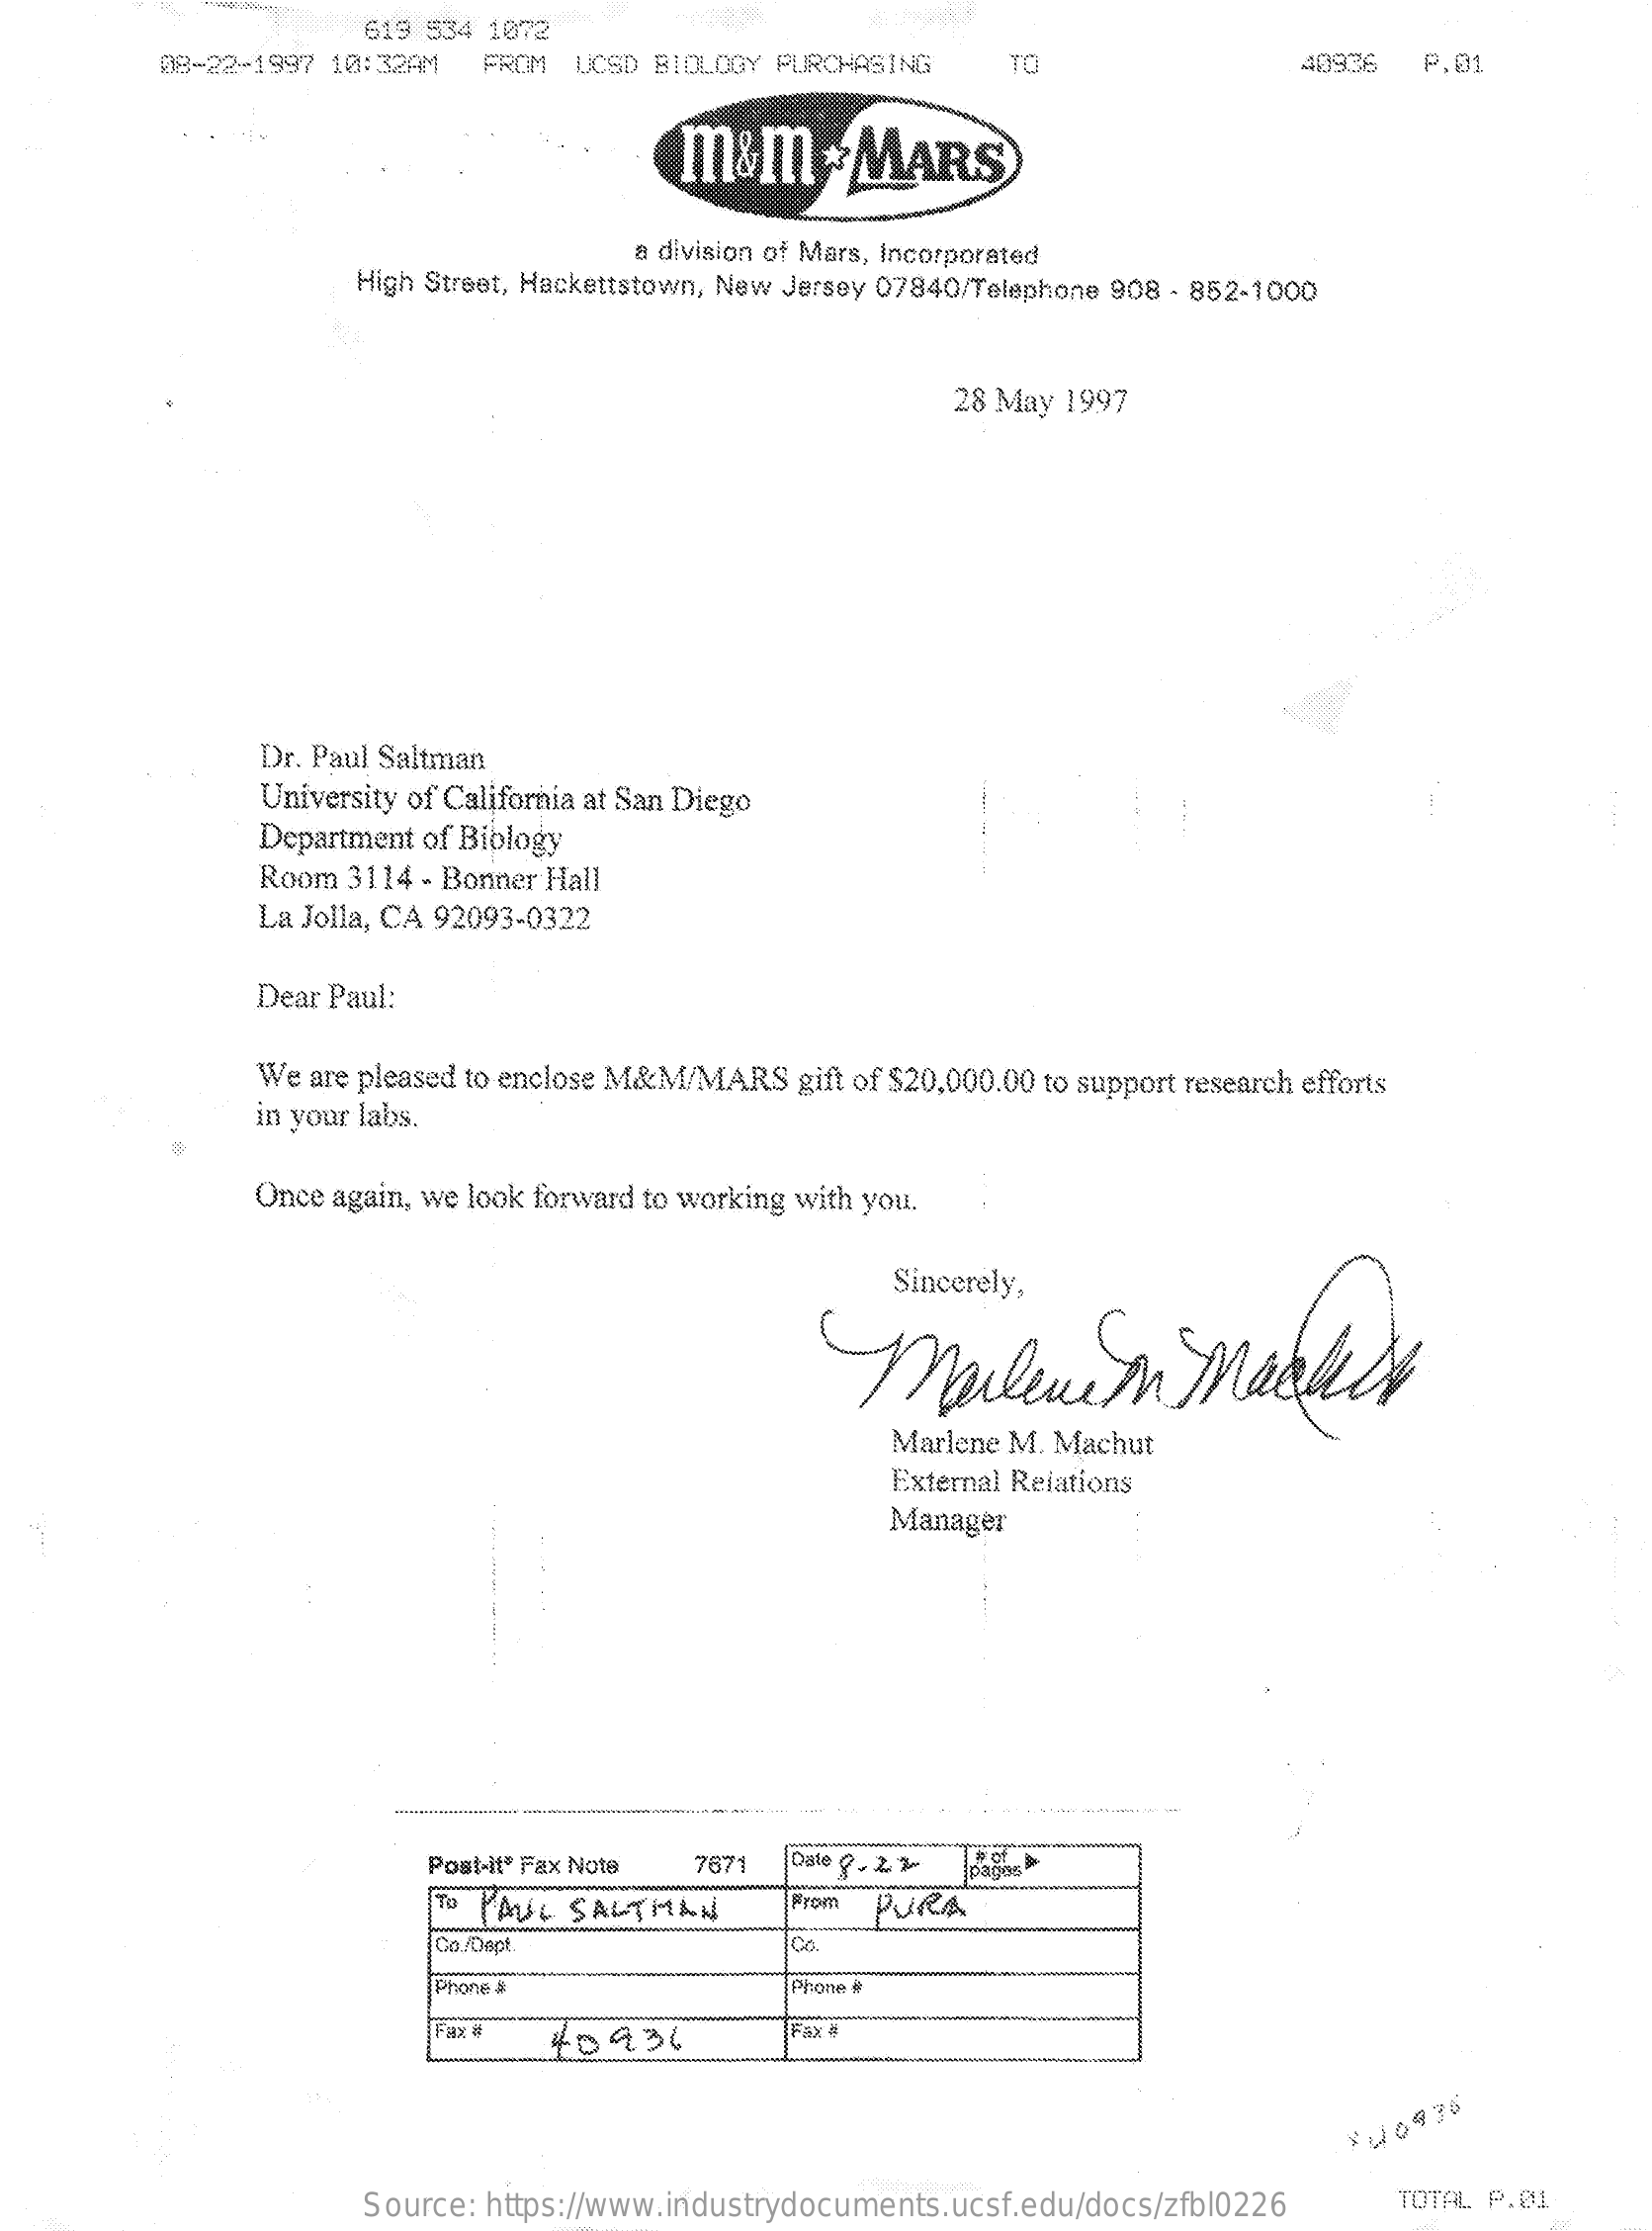
619 534 1072
     -22-1997 10:32AM  FROM UCSD BIOLOGY PURCHASING    TO    P.01
     m&m    . MARS
     a division of Mars, Incorporated
     High Street, Hackettstown, New Jersey 07840/Telephone 908 - 852-1000
     28 May 1997
     Dr. Paul Saltman
     University of California at San Diego
     Department of Biology
     Room 3114 - Bonner Hall
     La Jolla, CA 92093-0322
     Dear Paul:
     We are pleased to enclose M&M/MARS gift of $20,000.00 to support research efforts
     in your labs.
     Once again, we look forward to working with you.
     Sincerely,
     Marlene    o   Meglio
     Marlene M. Machut
     External Relations
     Manager
     Post-it® Fax Note 7671 Date Q. 2 3 pagos
     To PAUL SALTMAN    From  PURA
     Co./Dept.    Co.
     Phone &    Phone #
     Fax #  40936
     Fax #
     Source: https://www.industrydocuments.ucsf.edu/docs/zfbl0226  TOTAL P.01